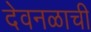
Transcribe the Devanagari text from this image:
देवनळाची